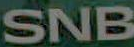
SNB